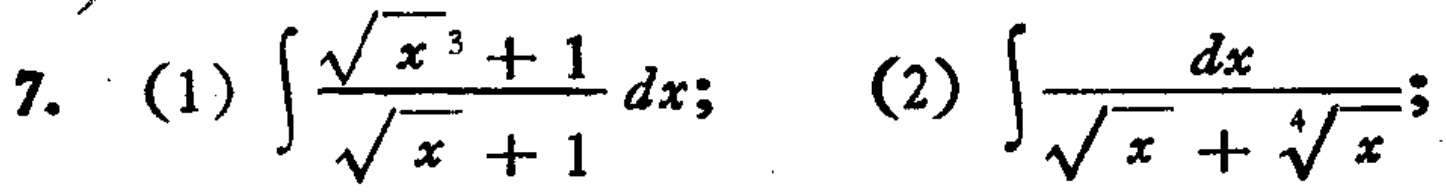
(1) \(\int\frac{\sqrt{x}^{3}+1}{\sqrt{x}+1}dx\); (2) \(\int\frac{dx}{\sqrt{x}+\sqrt[4]{x}}\)